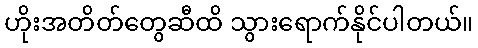
ဟိုးအတိတ်တွေဆီထိ သွားရောက်နိုင်ပါတယ်။